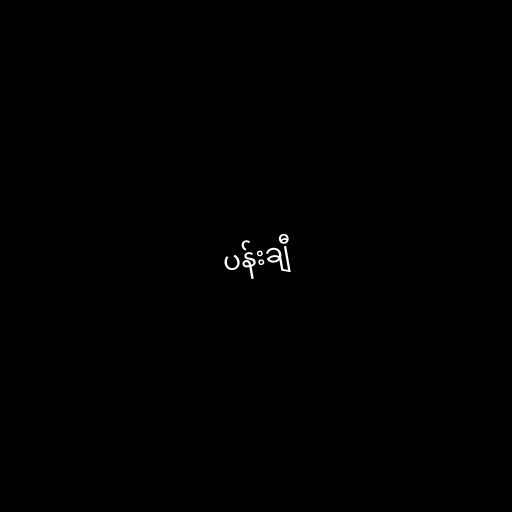
ပန်းချီ